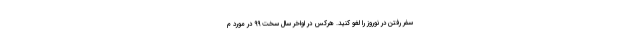
سفر رفتن در نوروز را لغو کنید. هرکس در اواخر سال سخت 99 در مورد م